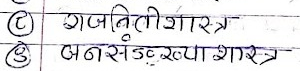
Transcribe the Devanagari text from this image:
राजनीतिशास्त्र
जनसङ्ख्याशास्त्र